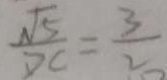
\frac { \sqrt { 5 } } { D C } = \frac { 3 } { 2 }